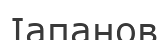
Іапанов